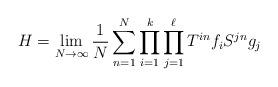
LaTeX: \begin{align*}H = \lim_{N\to\infty} \frac{1}{N} \sum_{n=1}^N\prod_{i=1}^k \prod_{j=1}^\ell T^{in}f_i S^{jn}g_j\end{align*}